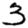
Digit: 3